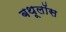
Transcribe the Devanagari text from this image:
बथूलॉस